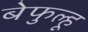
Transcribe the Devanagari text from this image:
बेफुल्हू